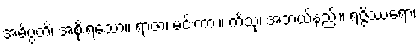
အဓိပ္ပတိ၊ အစိုးရသော။ ရာဇာ၊ မင်းကား။ ကိံသု၊ အဘယ်နည်း။ ရဇ္ဇိဿရော၊